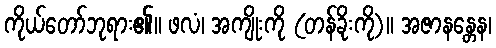
ကိုယ်တော်ဘုရား၏။ ဖလံ၊ အကျိုးကို (တန်ခိုးကို)။ အဇာနန္တေန၊